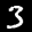
Label: 3